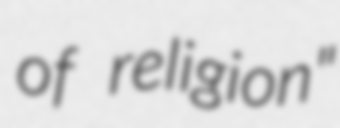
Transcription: of religion"